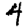
Digit: 4